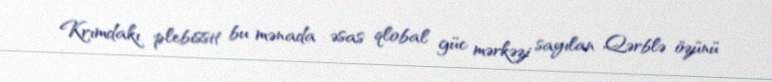
Krımdakı plebissit bu mənada əsas qlobal güc mərkəzi sayılan Qərblə özünü